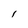
Character: l